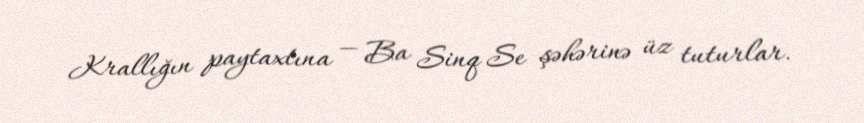
Krallığın paytaxtına — Ba Sinq Se şəhərinə üz tuturlar.